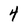
Character: 4